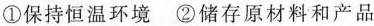
①保持恒温环境 ②储存原材料和产品